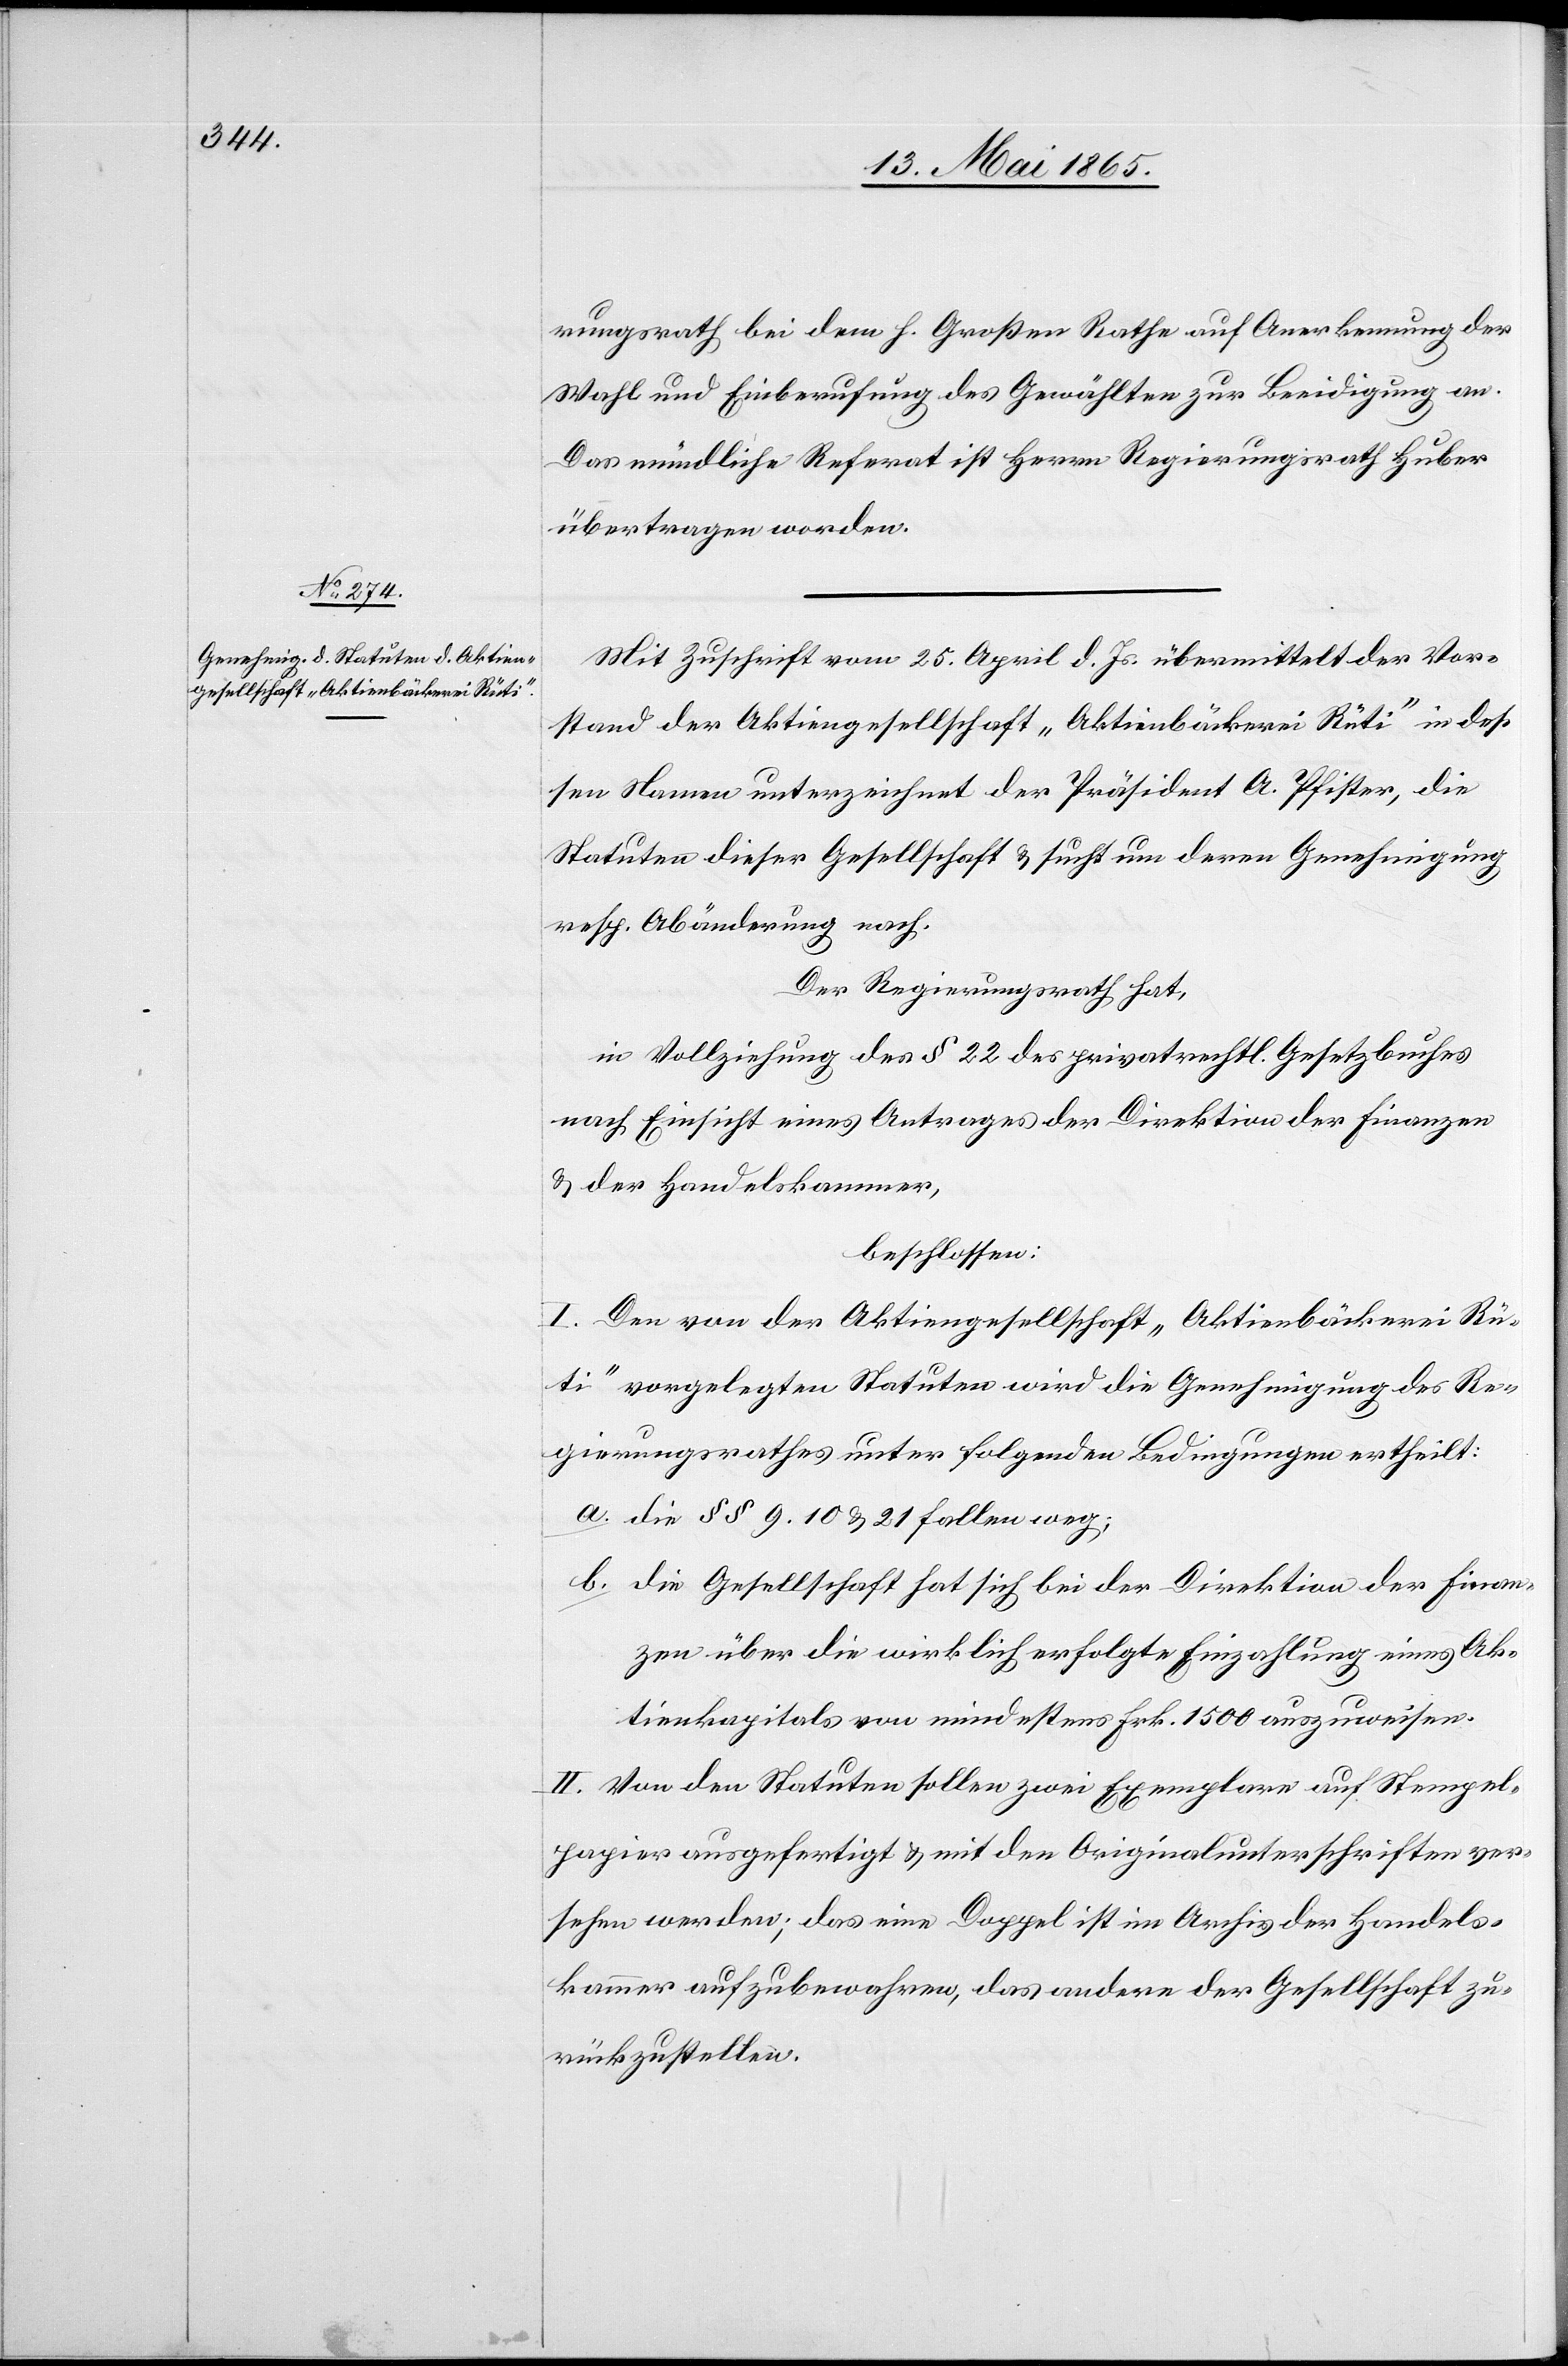
rungsrath bei dem h. Großen Rathe auf Anerkennung der
Wahl und Einberufung des Gewählten zur Beeidigung an.
Das mündliche Referat ist Herrn Regierungsrath Huber
übertragen worden.
Mit Zuschrift vom 25. April d. Js. übermittelt der Vor¬
stand der Aktiengesellschaft „Aktienbäckerei Rüti“ in des¬
sen Namen unterzeichnet der Präsident A. Pfister, die
Statuten dieser Gesellschaft & sucht um deren Genehmigung
resp. Abänderung nach.
Der Regierungsrath hat,
in Vollziehung des § 22 des privatrechtl. Gesetzbuches
nach Einsicht eines Antrages der Direktion der Finanzen
& der Handelskammer,
beschlossen:
I. Den von der Aktiengesellschaft „Aktienbäckerei Rü¬
ti“ vorgelegten Statuten wird die Genehmigung des Re¬
gierungsrathes unter folgenden Bedingungen ertheilt:
a. die § § 9. 10 & 21 fallen weg;
b. die Gesellschaft hat sich bei der Direktion der Finan¬
zen über die wirklich erfolgte Einzahlung eines Ak¬
tienkapitals von mindestens Frk. 1500 auszuweisen.
II. Von den Statuten sollen zwei Exemplare auf Stempel¬
papier ausgefertigt & mit den Originalunterschriften ver¬
sehen werden; das eine Doppel ist im Archiv der Handels¬
kammer aufzubewahren, das andere der Gesellschaft zu¬
rückzustellen.